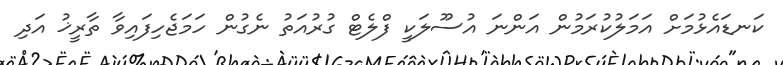
ކަނޑައެޅުމަށް އަމަލުކުރަމުން އަންނަ އުސޫލަކީ ފްލެޓް ގުރުއަތު ނެގުން ހަމަޖެހިފައިވާ ތާރީޚު އަދި